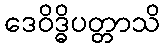
ဒေဝိဒ္ဓိပတ္တာသိ